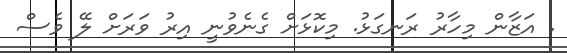
. އަޒާން މިހާރު ރަނގަޅު. މިކޮޅަށް ގެނެވުނީ އިރު ވަރަށް ލޭ ވެސް